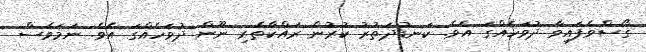
ގޯސްވެފައިވާ ދުވަހެއްގަ އެވެ. ކަނޑުދަތުރު ކުރުން ރައްކާތެރި ނޫން ދުވަހެއްގަ އެވެ. ނަމަވެސް